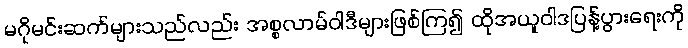
မဂိုမင်းဆက်များသည်လည်း အစ္စလာမ်ဝါဒီများဖြစ်ကြ၍ ထိုအယူဝါဒပြန့်ပွားရေးကို